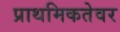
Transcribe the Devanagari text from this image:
प्राथमिकतेवर